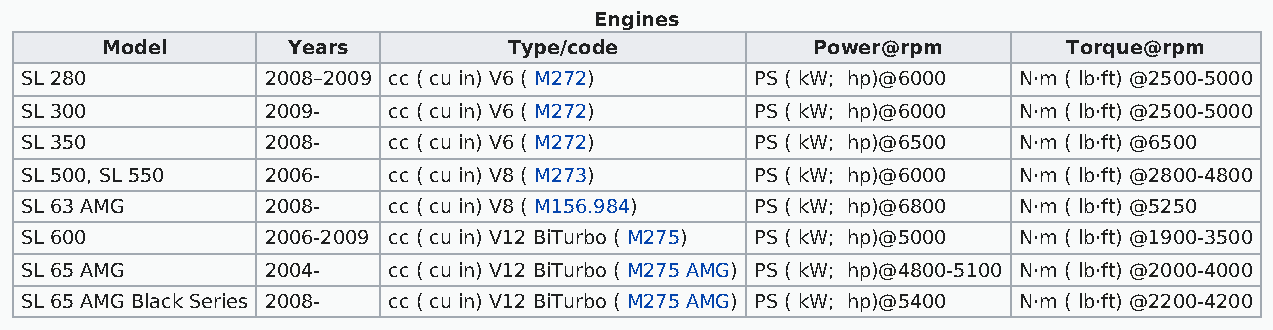
Engines
 Model       Years          Type/code           Power@rpm        Torque@rpm
 SL 280           2008–2009 cc ( cu in) V6 ( M272) PS ( kW; hp)@6000 N·m ( lb·ft) @2500-5000
 SL 300           2009-   cc ( cu in) V6 ( M272)  PS ( kW; hp)@6000 N·m ( lb·ft) @2500-5000
 SL 350           2008-   cc ( cu in) V6 ( M272)  PS ( kW; hp)@6500 N·m ( lb·ft) @6500
 SL 500, SL 550   2006-   cc ( cu in) V8 ( M273)  PS ( kW; hp)@6000 N·m ( lb·ft) @2800-4800
 SL 63 AMG        2008-   cc ( cu in) V8 ( M156.984) PS ( kW; hp)@6800 N·m ( lb·ft) @5250
 SL 600           2006-2009 cc ( cu in) V12 BiTurbo ( M275) PS ( kW; hp)@5000 N·m ( lb·ft) @1900-3500
 SL 65 AMG        2004-   cc ( cu in) V12 BiTurbo ( M275 AMG) PS ( kW; hp)@4800-5100 N·m ( lb·ft) @2000-4000
 SL 65 AMG Black Series 2008- cc ( cu in) V12 BiTurbo ( M275 AMG) PS ( kW; hp)@5400 N·m ( lb·ft) @2200-4200